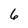
Character: 6